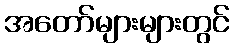
အတော်များများတွင်